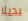
بديلا